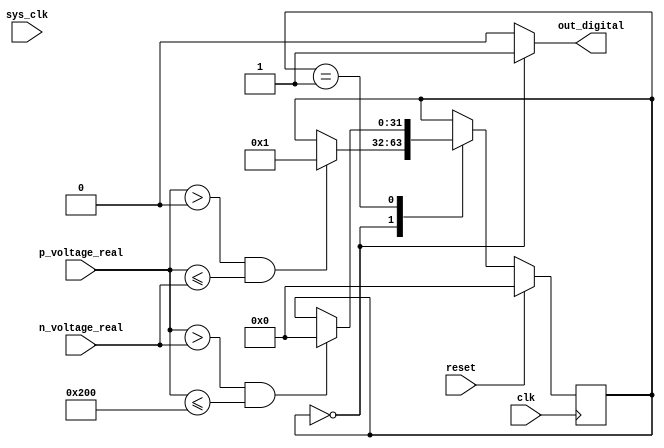


module comparator
(
  input clk,
  input reset,
  input sys_clk,
  input [10-1:0] p_voltage_real,
  input [10-1:0] n_voltage_real,
  output [1-1:0] out_digital
);

  reg [4-1:0] state_cycle_counter;
  reg [1-1:0] prev_sys_clk;
  reg [32-1:0] fsm;
  localparam fsm_init = 0;
  wire [13-1:0] truncR_0;
  wire [13-1:0] const_1;
  assign const_1 = 13'd4096;
  assign truncR_0 = const_1;
  wire [14-1:0] truncR_2;
  wire [15-1:0] toUsInt_3;
  wire [15-1:0] const_4;
  assign const_4 = 15'd0;
  assign toUsInt_3 = const_4;
  assign truncR_2 = toUsInt_3[11:0];
  assign out_digital = (fsm == 0)? truncR_0[12:12] : truncR_2[13:13];

  always @(posedge clk) begin
    prev_sys_clk <= sys_clk;
  end

  localparam fsm_1 = 1;

  always @(posedge clk) begin
    if(reset) begin
      fsm <= fsm_init;
    end else begin
      case(fsm)
        fsm_init: begin
          if((p_voltage_real > 10'd0) & (p_voltage_real <= n_voltage_real)) begin
            fsm <= fsm_1;
          end 
        end
        fsm_1: begin
          if((p_voltage_real > n_voltage_real) & (p_voltage_real <= 10'd512)) begin
            fsm <= fsm_init;
          end 
        end
      endcase
    end
  end


endmodule